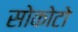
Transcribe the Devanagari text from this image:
सोकोटो